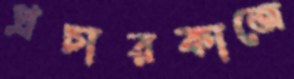
প্রচারকাজে